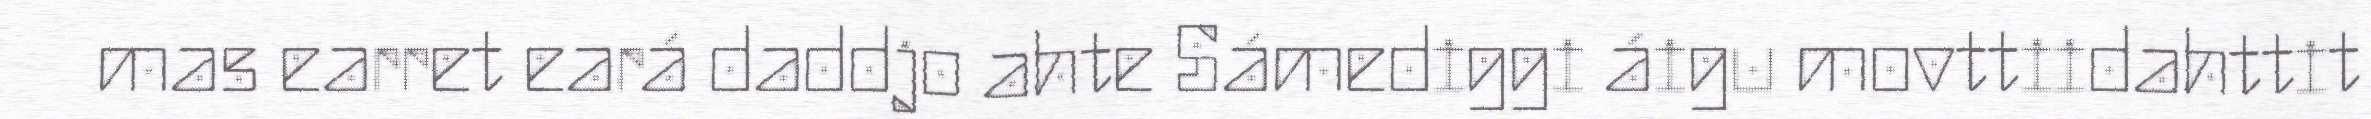
mas earret eará daddjo ahte Sámediggi áigu movttiidahttit